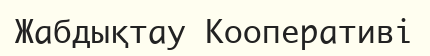
Жабдықтау Кооперативі